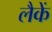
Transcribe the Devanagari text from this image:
लैकें